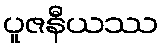
ပူဇနီယဿ